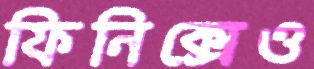
ফিনিক্সেও